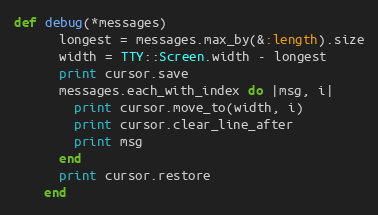
Language: Ruby
def debug(*messages)
      longest = messages.max_by(&:length).size
      width = TTY::Screen.width - longest
      print cursor.save
      messages.each_with_index do |msg, i|
        print cursor.move_to(width, i)
        print cursor.clear_line_after
        print msg
      end
      print cursor.restore
    end